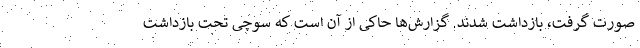
صورت گرفت، بازداشت شدند. گزارش‌ها حاکی از آن است که سوچی تحت بازداشت